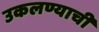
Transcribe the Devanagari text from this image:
उकलण्याची